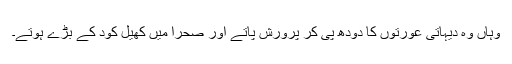
وہاں وہ دیہاتی عورتوں کا دودھ پی کر پرورش پاتے اور صحرا میں کھیل کود کے بڑے ہوتے۔